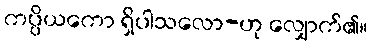
ကပ္ပိယကော ရှိပါသလော-ဟု လျှောက်၏။